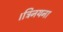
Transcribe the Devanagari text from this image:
।त्रिनयना